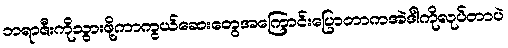
ဘရာဇီးကိုသွားဖို့ကာကွယ်ဆေးတွေအကြောင်းပြောတာကအဲဒါကိုလုပ်တာပဲ